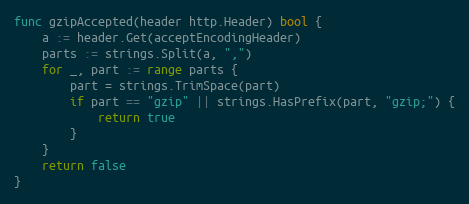
Language: Go
func gzipAccepted(header http.Header) bool {
	a := header.Get(acceptEncodingHeader)
	parts := strings.Split(a, ",")
	for _, part := range parts {
		part = strings.TrimSpace(part)
		if part == "gzip" || strings.HasPrefix(part, "gzip;") {
			return true
		}
	}
	return false
}